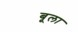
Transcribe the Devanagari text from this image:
बूला